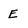
Character: E